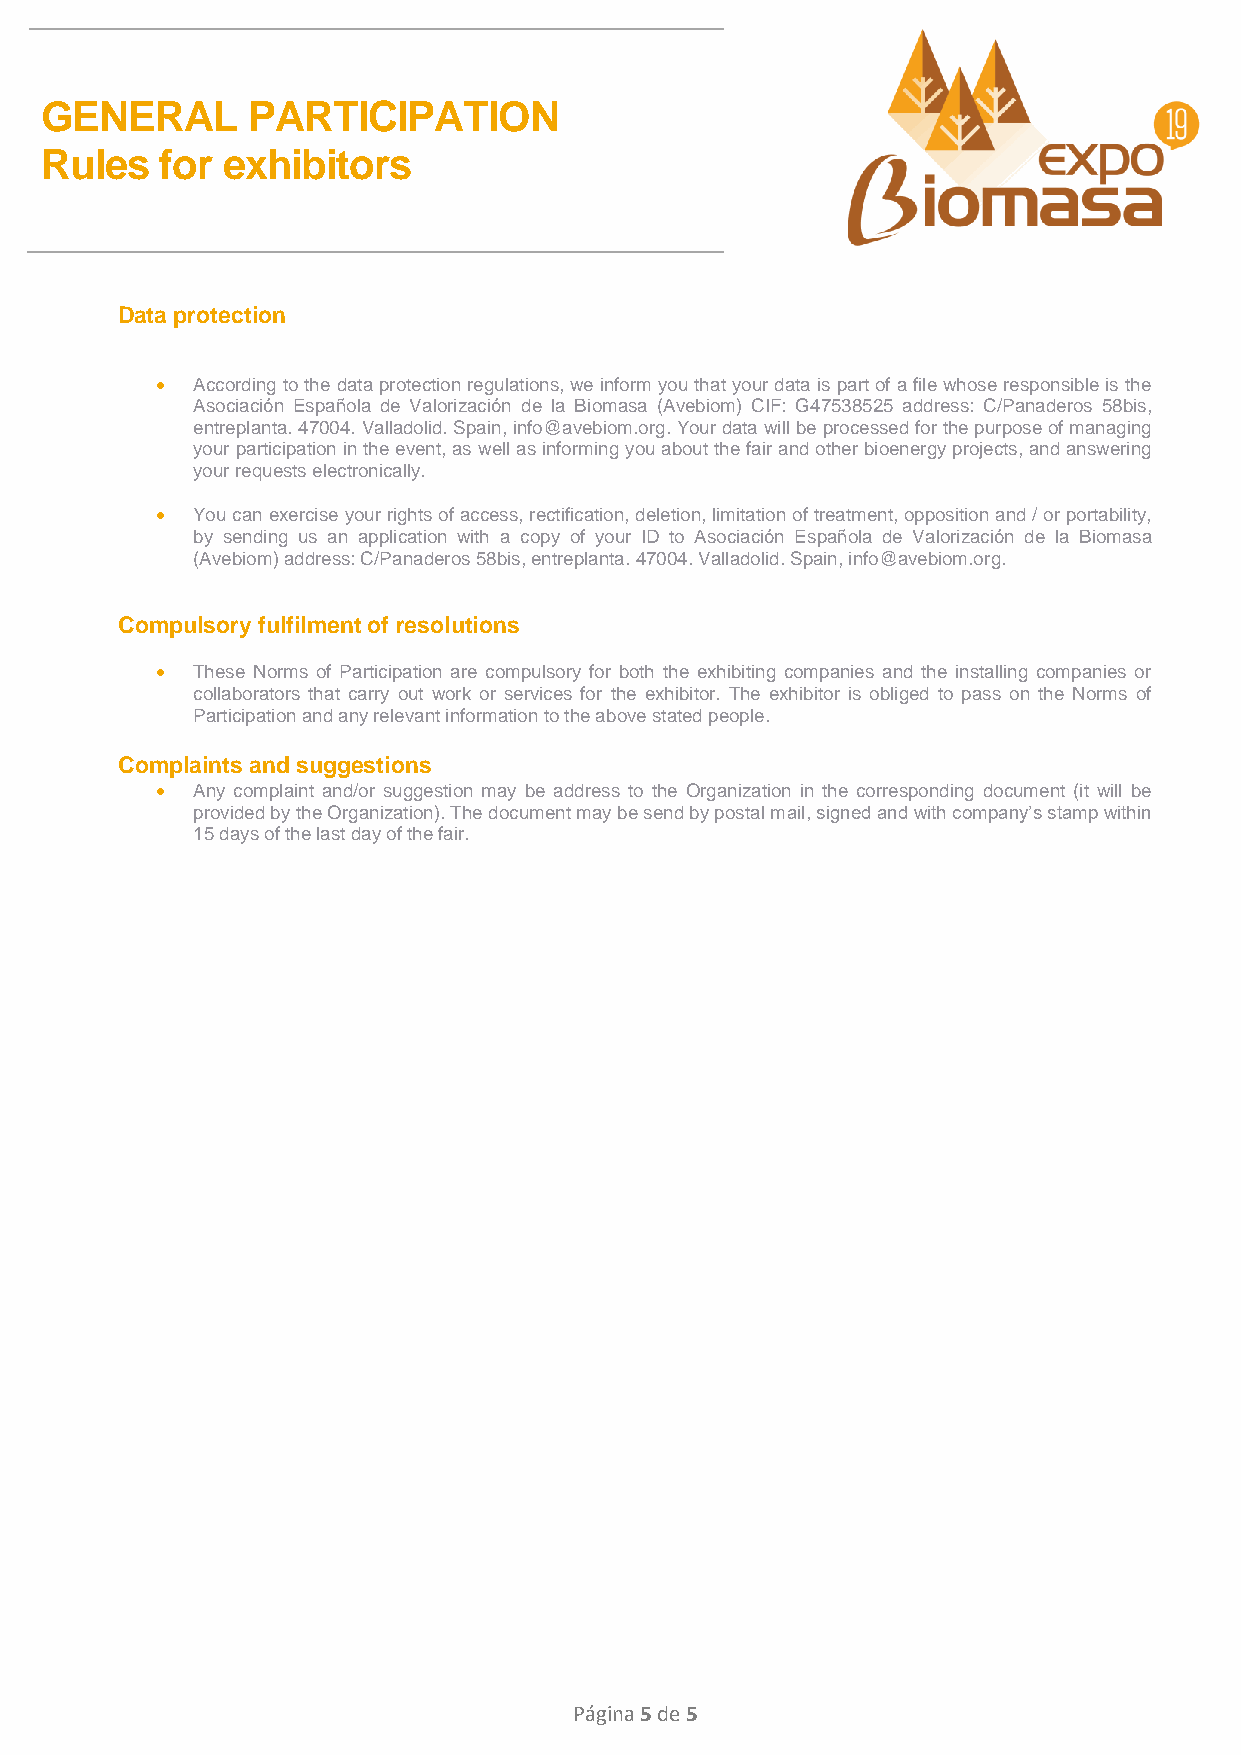
GENERAL      PARTICIPATION
 Rules   for exhibitors
 Data protection
   According to the data protection regulations, we inform you that your data is part of a file whose responsible is the
 Asociación Española de Valorización de la Biomasa (Avebiom) CIF: G47538525 address: C/Panaderos 58bis,
 entreplanta. 47004. Valladolid. Spain, info@avebiom.org. Your data will be processed for the purpose of managing
 your participation in the event, as well as informing you about the fair and other bioenergy projects, and answering
 your requests electronically.
   You can exercise your rights of access, rectification, deletion, limitation of treatment, opposition and / or portability,
 by sending us an application with a copy of your ID to Asociación Española de Valorización de la Biomasa
 (Avebiom) address: C/Panaderos 58bis, entreplanta. 47004. Valladolid. Spain, info@avebiom.org.
 Compulsory fulfilment of resolutions
   These Norms of Participation are compulsory for both the exhibiting companies and the installing companies or
 collaborators that carry out work or services for the exhibitor. The exhibitor is obliged to pass on the Norms of
 Participation and any relevant information to the above stated people.
 Complaints and suggestions
   Any complaint and/or suggestion may be address to the Organization in the corresponding document (it will be
 provided by the Organization). The document may be send by postal mail, signed and with company’s stamp within
 15 days of the last day of the fair.
 Página 5 de 5